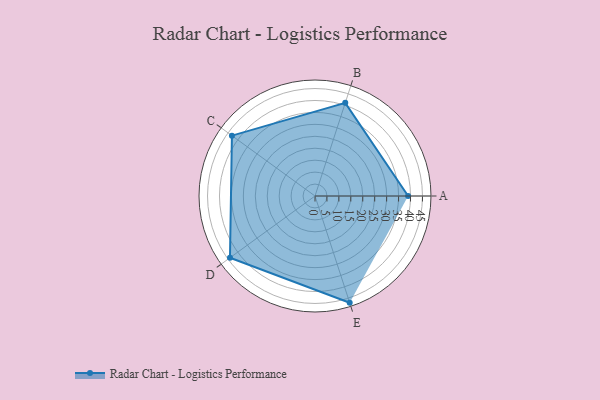
{"axis": {"x": "Skill", "y": "Score"}, "legend": ["Profile"], "data": [{"x": "A", "y": 39.0, "type": "Profile"}, {"x": "B", "y": 41.0, "type": "Profile"}, {"x": "C", "y": 43.0, "type": "Profile"}, {"x": "D", "y": 44.0, "type": "Profile"}, {"x": "E", "y": 47.0, "type": "Profile"}]}